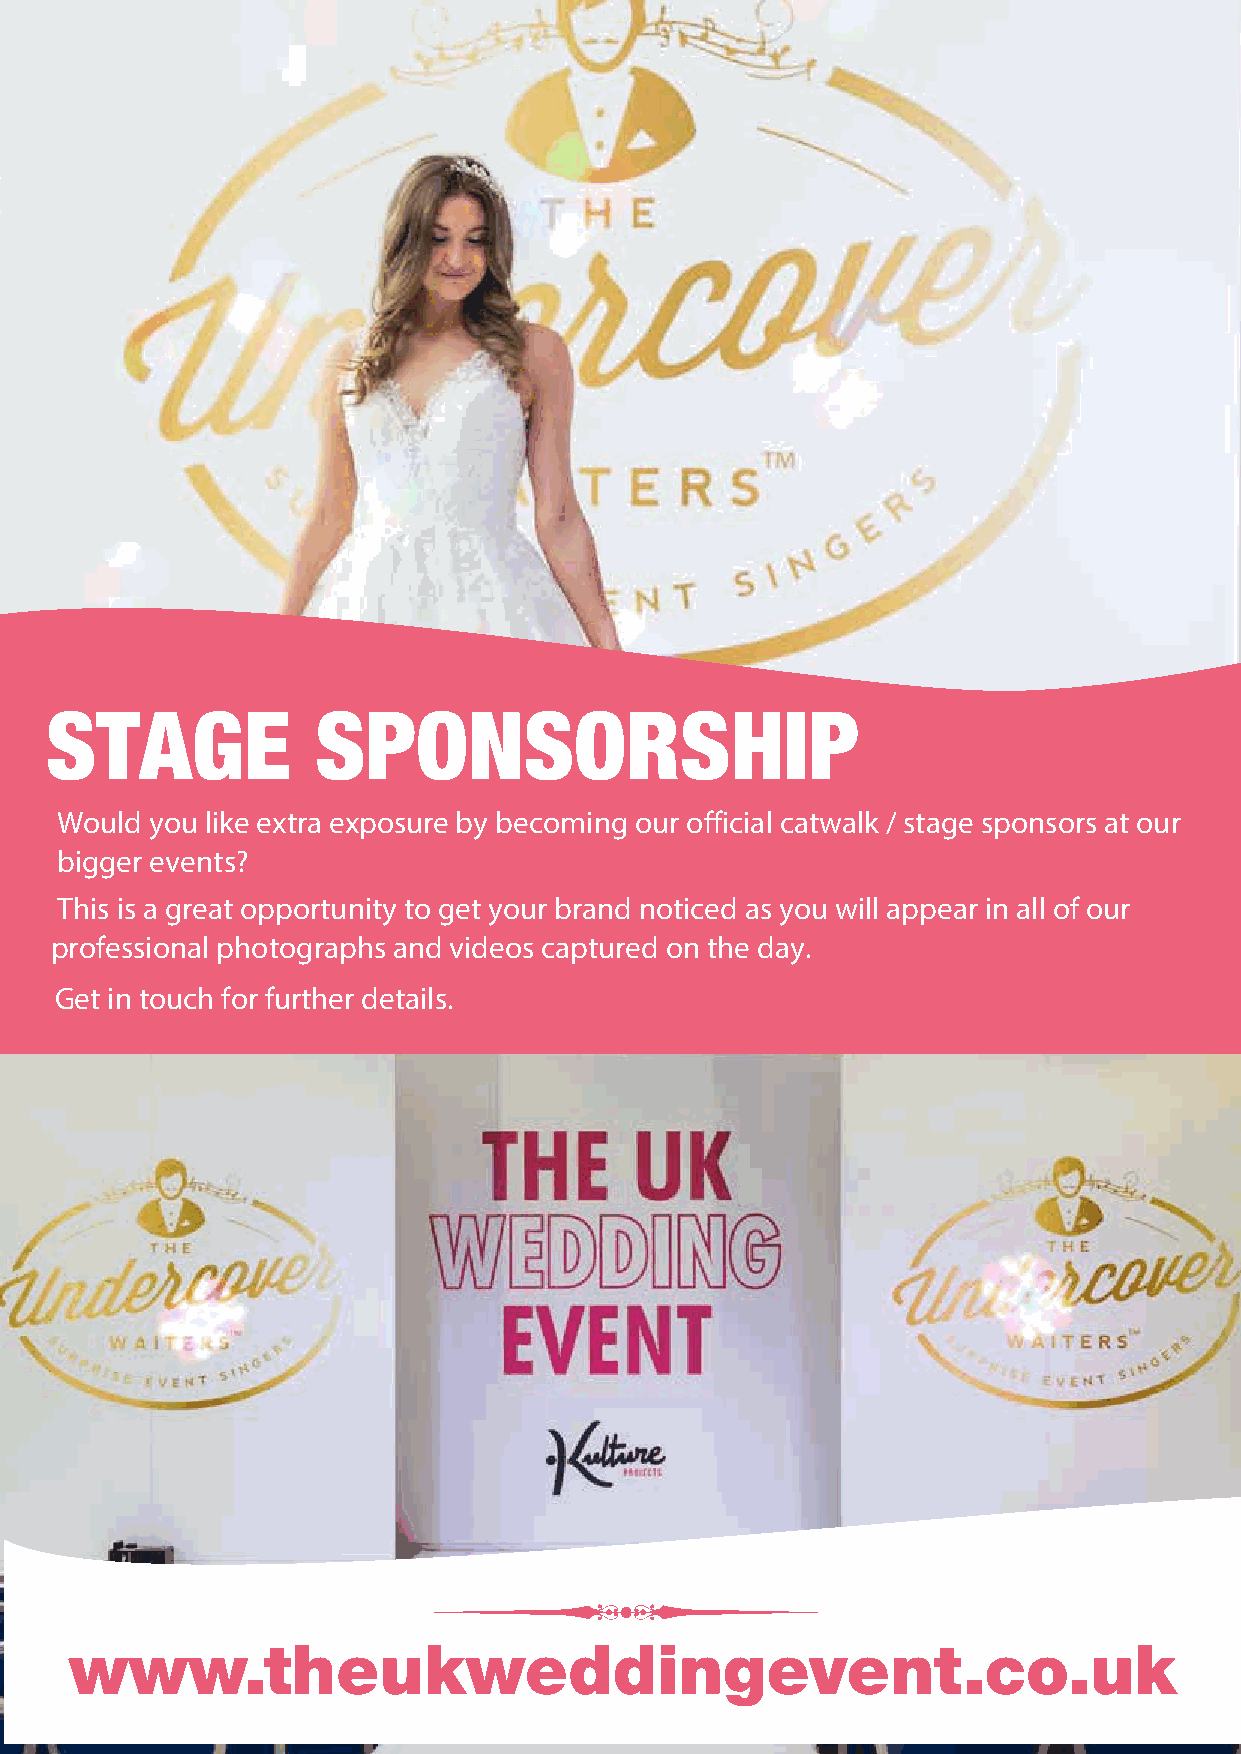
STAGE             SPONSORSHIP
 Would you like extra exposure by becoming our official catwalk / stage sponsors at our
 bigger events?
 This is a great opportunity to get your brand noticed as you will appear in all of our
 professional photographs and videos captured on the day.
 Get in touch for further details.